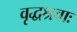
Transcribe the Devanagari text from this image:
वृद्धश्रवाः